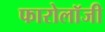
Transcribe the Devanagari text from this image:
फारोलॉजी